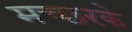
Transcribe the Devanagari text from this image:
मच्छरके